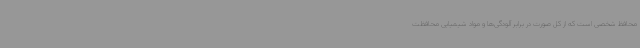
محافظ شخصی است که از کل صورت در برابر آلودگی‌ها و مواد شیمیایی محافظت